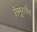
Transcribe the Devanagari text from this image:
तैमूरलैंग